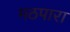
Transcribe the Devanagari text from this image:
मठपारा